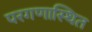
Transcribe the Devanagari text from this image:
परगणास्थित